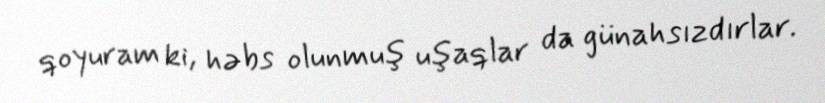
qoyuram ki, həbs olunmuş uşaqlar da günahsızdırlar.